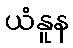
ယံနူန